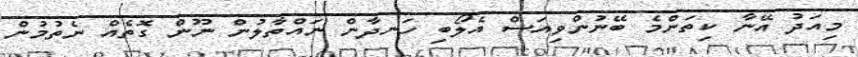
މިއަދު އޭނާ ކިތަންމެ ބޭނުންވިއަސް އެލޯބި ހަނދާން ނައްތާލުން ނޫން ގޮތެއް ނެތުމުން